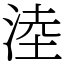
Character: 淕